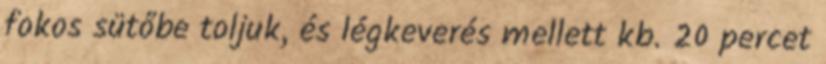
fokos sütőbe toljuk, és légkeverés mellett kb. 20 percet